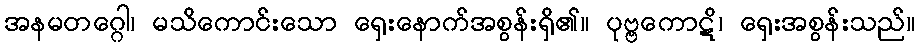
အနမတဂ္ဂေါ၊ မသိကောင်းသော ရှေးနောက်အစွန်းရှိ၏။ ပုဗ္ဗကောဋိ၊ ရှေးအစွန်းသည်။